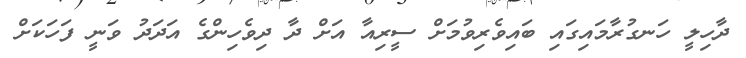
ދާހިލީ ހަނގުރާމައިގައި ބައިވެރިވުމަށް ސީރިއާ އަށް ދާ ދިވެހިންގެ އަދަދު ވަނީ ފަހަކަށް